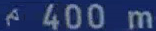
400 m